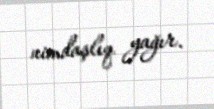
nimdaşlıq yağır.